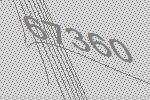
67360